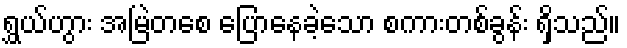
ရွှယ်ဟွား အမြဲတစေ ပြောနေခဲ့သော စကားတစ်ခွန်း ရှိသည်။